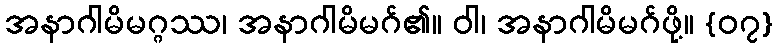
အနာဂါမိမဂ္ဂဿ၊ အနာဂါမိမဂ်၏။ ဝါ၊ အနာဂါမိမဂ်ဖို့။ {၀၇}